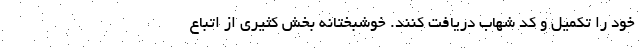
خود را تکمیل و کد شهاب دریافت کنند. خوشبختانه بخش کثیری از اتباع